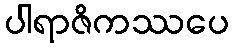
ပါရာဇိကဿပေ